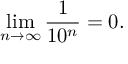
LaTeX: \operatorname* { l i m } _ { n \rightarrow \infty } { \frac { 1 } { 1 0 ^ { n } } } = 0 .